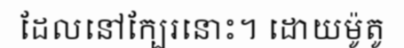
ដែលនៅក្បែរនោះ។ ដោយម៉ូតូ